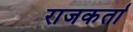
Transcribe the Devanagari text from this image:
राजकर्ता